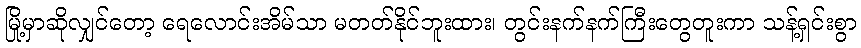
မြို့မှာဆိုလျှင်တော့ ရေလောင်းအိမ်သာ မတတ်နိုင်ဘူးထား၊ တွင်းနက်နက်ကြီးတွေတူးကာ သန့်ရှင်းစွာ